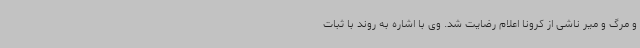
و مرگ و میر ناشی از کرونا اعلام رضایت شد. وی با اشاره به روند با ثبات